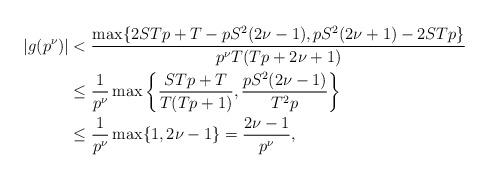
LaTeX: \begin{align*}|g(p^{\nu})| & < \frac{\max \{2STp+T-pS^2(2\nu-1), pS^2(2\nu+1)-2STp\}}{p^{\nu}T(Tp+2\nu+1)} \\& \leq \frac1{p^{\nu}} \max \left\{\frac{STp+T}{T(Tp+1)},\frac{pS^2(2\nu-1)}{T^2p} \right\} \\& \leq \frac1{p^{\nu}} \max \{1,2\nu-1 \} = \frac{2\nu-1}{p^{\nu}},\end{align*}